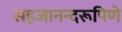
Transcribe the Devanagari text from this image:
सहजानन्दरूपिणे